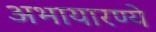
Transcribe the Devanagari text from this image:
अभायारण्ये